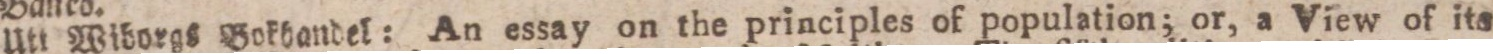
Utt Wiborgs Bokhandel: An essay on the principles of population; or, a View of its